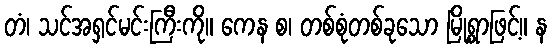
တံ၊ သင်အရှင်မင်းကြီးကို။ ကေန စ၊ တစ်စုံတစ်ခုသော မြို့ရွာဖြင့်။ န